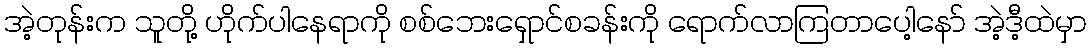
အဲ့တုန်းက သူတို့ ဟိုက်ပါနေရာကို စစ်ဘေးရှောင်စခန်းကို ရောက်လာကြတာပေါ့နော် အဲ့ဒီ့ထဲမှာ